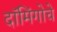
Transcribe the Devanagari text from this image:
दॉमिंगोचे